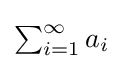
{\textstyle \sum _{i=1}^{\infty }a_{i}\,}